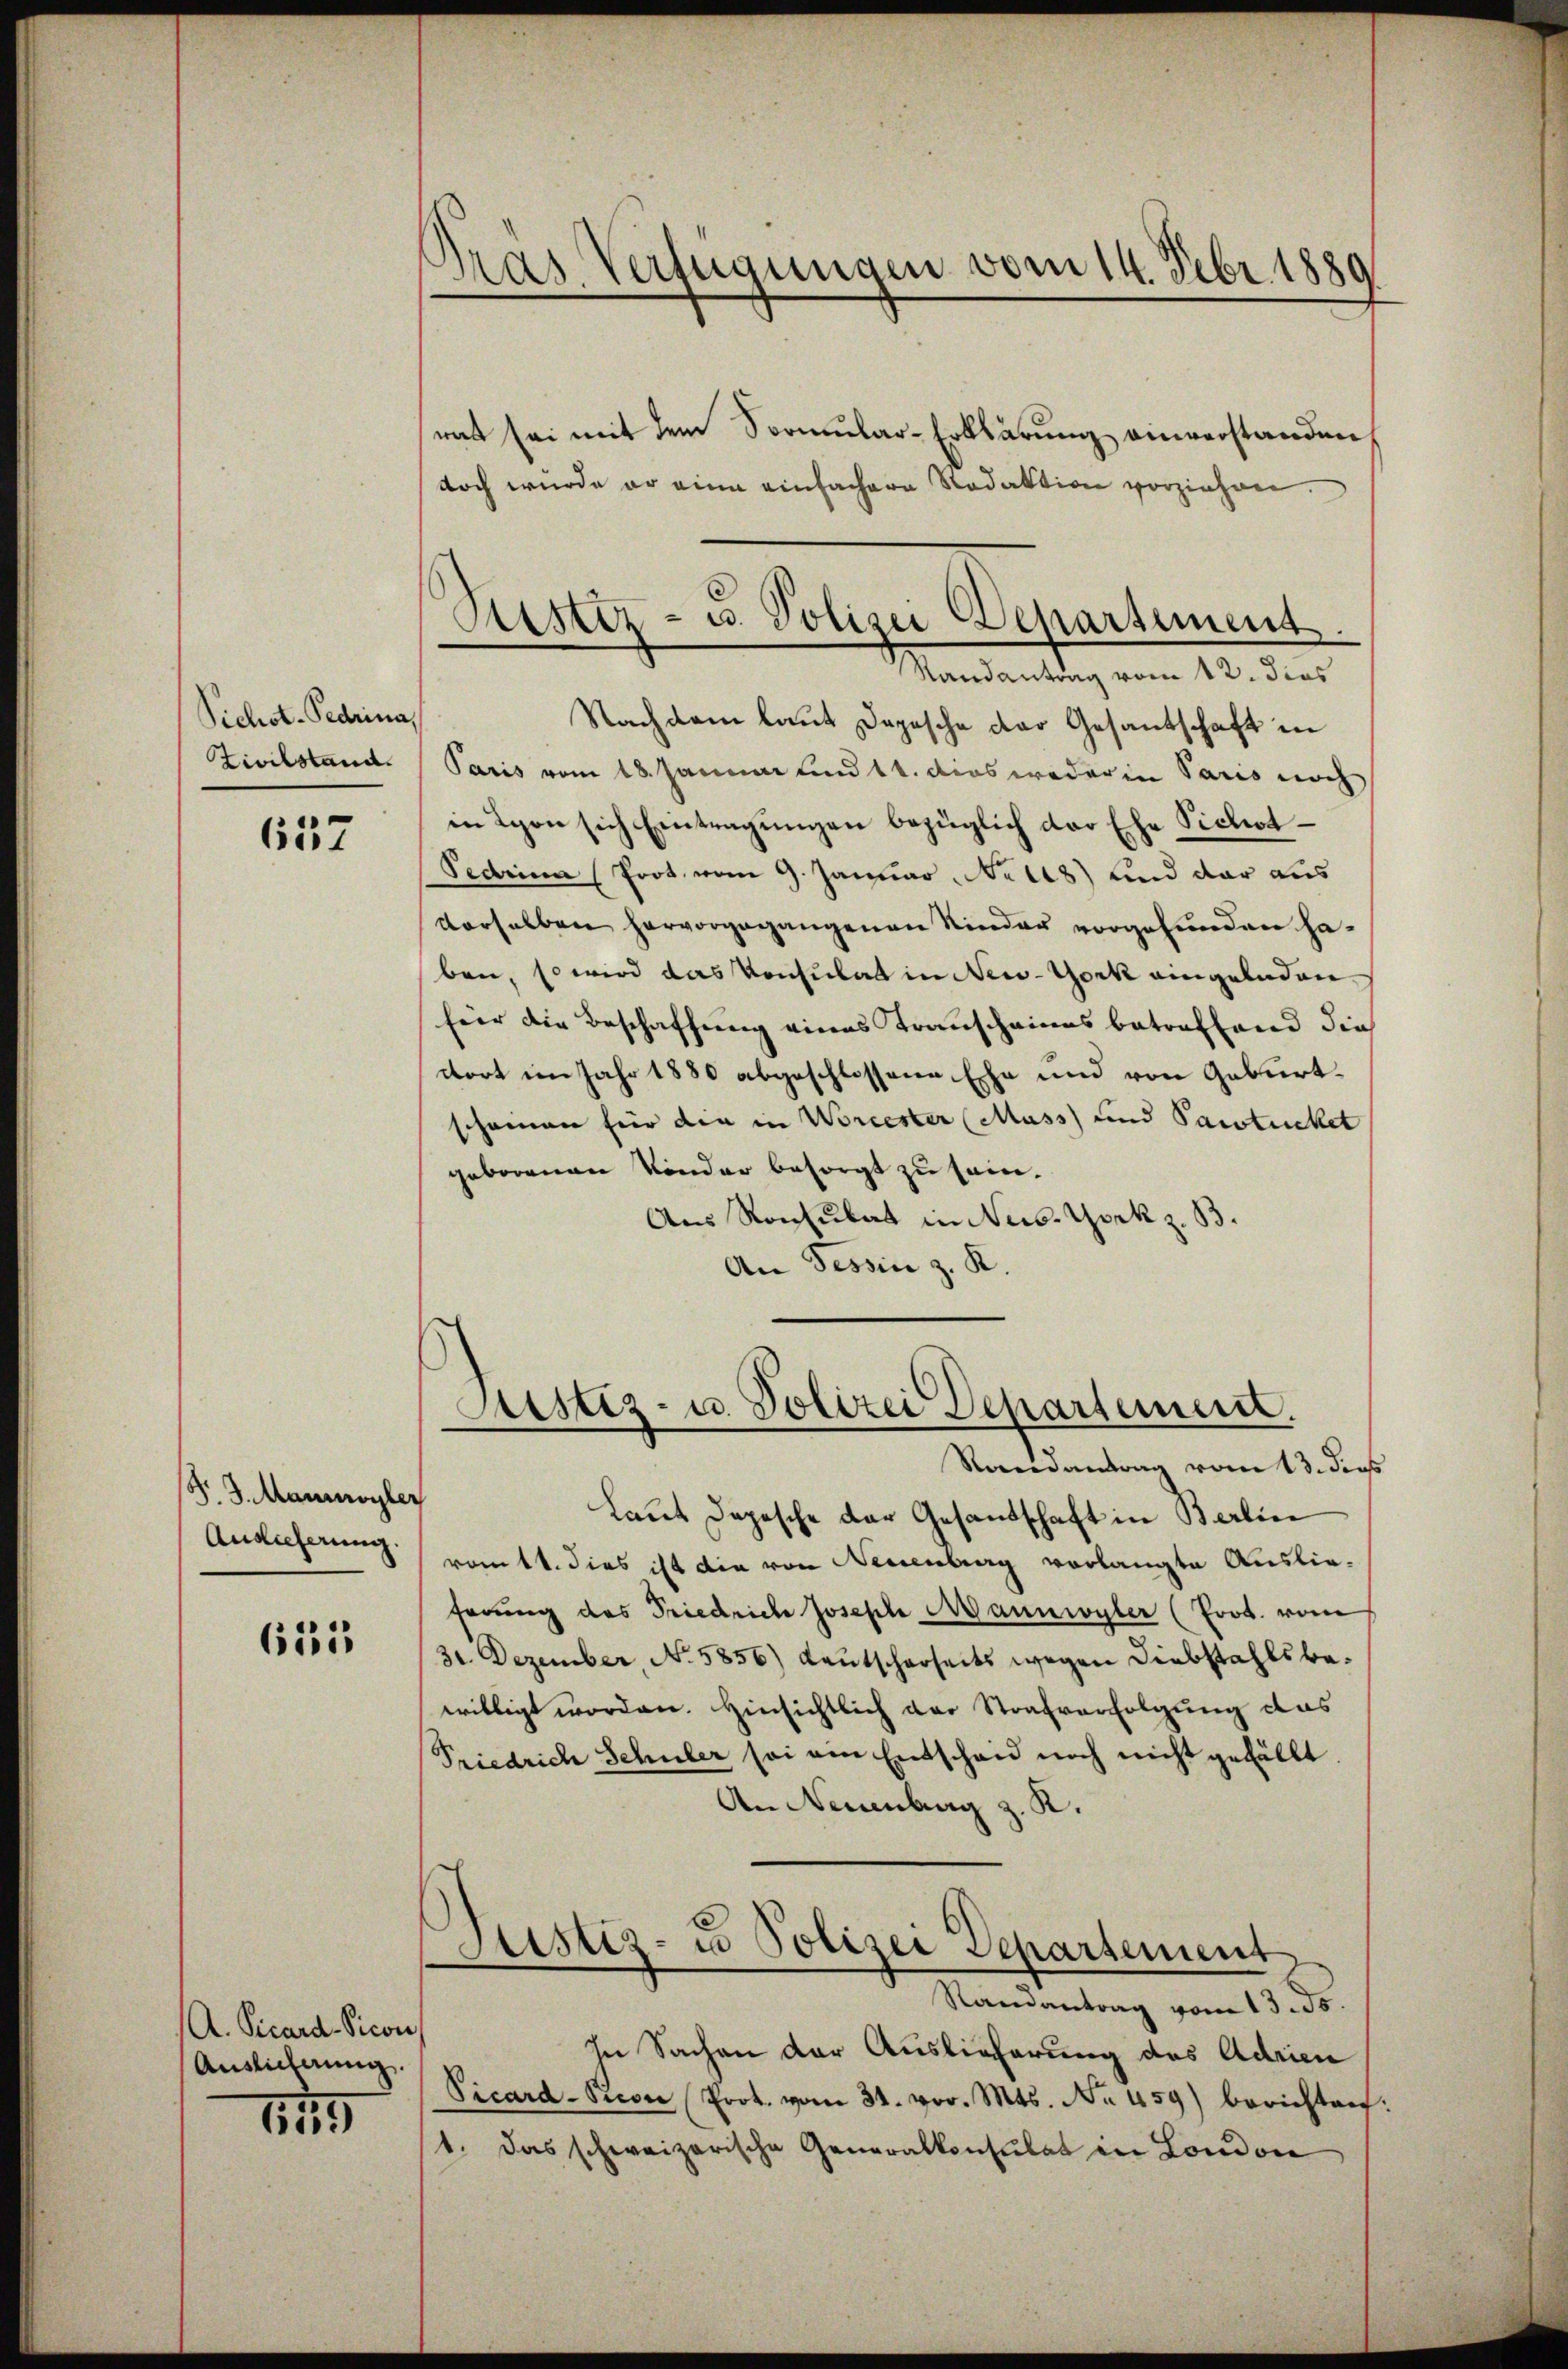
Sichst-Pedrina,
Zivilstand.

657

F. J. Mannwyler
Audieferung.

61315

A. Vicard-Vicon
Auslieferung

1

Dras Verfügungen vom 14. Febr. 1889

Aistiz- u. Polizei Departement.
Randantrag vom 12. dies

Astiz- u. Polizei Departeme.
Randantrag vom 13. dies

rat sei mit dem Sormular-Erklärung einverstanden,
doch wurde er eine einfachere Redaktion vorziehen
Nachdem laut Depesche der Gesantschaft in
Paris vom 18. Januar und 11. das weder in Paris noch
in Lyon sich Eintragungen bezüglich der Ehe Pichot
Pedrina (Prot. vom 9. Januar, No 28) und dar aus
verselben hervorgegangenen Kinder vorgefunden haben, so wird das Konsulat in New-York eingeladen
für die Beschaffung eines Transchaines betreffend die
ttort im Jahr 1880 abgeschlossene Ehe und von Geburtschämen für den in Worcester (Muss) und Pactuchet
geborenen Kinder besorgt zu sein.
Aus Konsulat in News. York z. B.
An Tessin z. K.

Laut Depesche der Gesandschaft in Berlin
romtt. dies ist die von Neuenburg vorlangte Auslieferung des Friedriche Joseph Mannwyler (Prot. vom
31. Dezember, No. 5856) Lautscherseits wegen Diebstahls bewilligt worden. Hinsichtlich der Strafverfolgung das
Priedrich Schuler sei am Entscheid noch nicht gefällt
An Neuenburg z. K.
Justiz- u Polizei Departement
Randantrag vom 13.10.
In Sachen der Auslieferung des Adrien
Vicard-Picon (Prot. vom 31. vor. Mts. No. 459) berichten
1. Das schweizerische Generalkonsulat in London